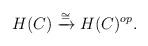
LaTeX: \begin{align*}H(C) \xrightarrow{\cong} H(C)^{op}.\end{align*}